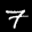
Label: 7